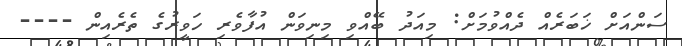
ސަންއަށް ޚަބަރެއް ދެއްވުމަށް: މިއަދު ބޭއްވި މިނިވަން އުފާވެރި ހަވީރުގެ ތެރެއިން ----